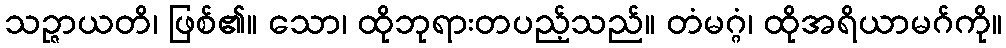
သဉ္ဇာယတိ၊ ဖြစ်၏။ သော၊ ထိုဘုရားတပည့်သည်။ တံမဂ္ဂံ၊ ထိုအရိယာမဂ်ကို။